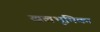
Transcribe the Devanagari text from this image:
खलभूमिका